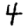
Digit: 4